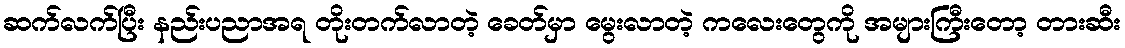
ဆက်လက်ပြီး နည်းပညာအရ တိုးတက်လာတဲ့ ခေတ်မှာ မွေးလာတဲ့ ကလေးတွေကို အများကြီးတော့ တားဆီး